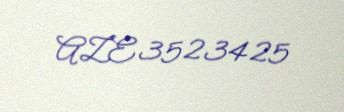
AZE3523425